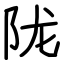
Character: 陇